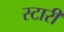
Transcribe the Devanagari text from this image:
स्टारी